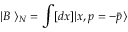
| B ~ \rangle _ { N } = \int [ d x ] | x , p = - \bar { p } \rangle